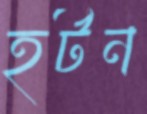
হর্টন